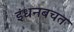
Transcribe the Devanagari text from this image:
इंधनबचत